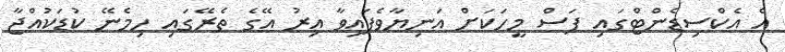
އެ އެކްސިޑެންޓްގައި ފަސް މީހަކަށް އަނިޔާވެފައިވާ އިރު އޭގެ ތެރޭގައި ހިމެނޭ ކުޑަކުއްޖާ